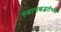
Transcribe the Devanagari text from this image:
स्थानबद्धतेच्या